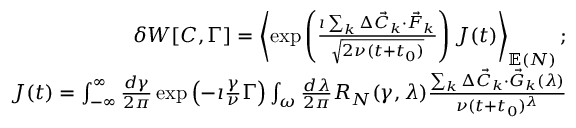
\begin{array} { r l r } & { } & { \delta W [ C , \Gamma ] = \left\langle \exp \left( \frac { \imath \sum _ { k } \Delta \vec { C } _ { k } \cdot \vec { F } _ { k } } { \sqrt { 2 \nu ( t + t _ { 0 } ) } } \right) J ( t ) \right\rangle _ { \mathbb { E } ( N ) } ; } \\ & { } & { J ( t ) = \int _ { - \infty } ^ { \infty } \frac { d \gamma } { 2 \pi } \exp \left( - \imath \frac { \gamma } { \nu } \Gamma \right) \int _ { \omega } \frac { d \lambda } { 2 \pi } R _ { N } ( \gamma , \lambda ) \frac { \sum _ { k } \Delta \vec { C } _ { k } \cdot \vec { G } _ { k } ( \lambda ) } { \nu ( t + t _ { 0 } ) ^ { \lambda } } } \end{array}